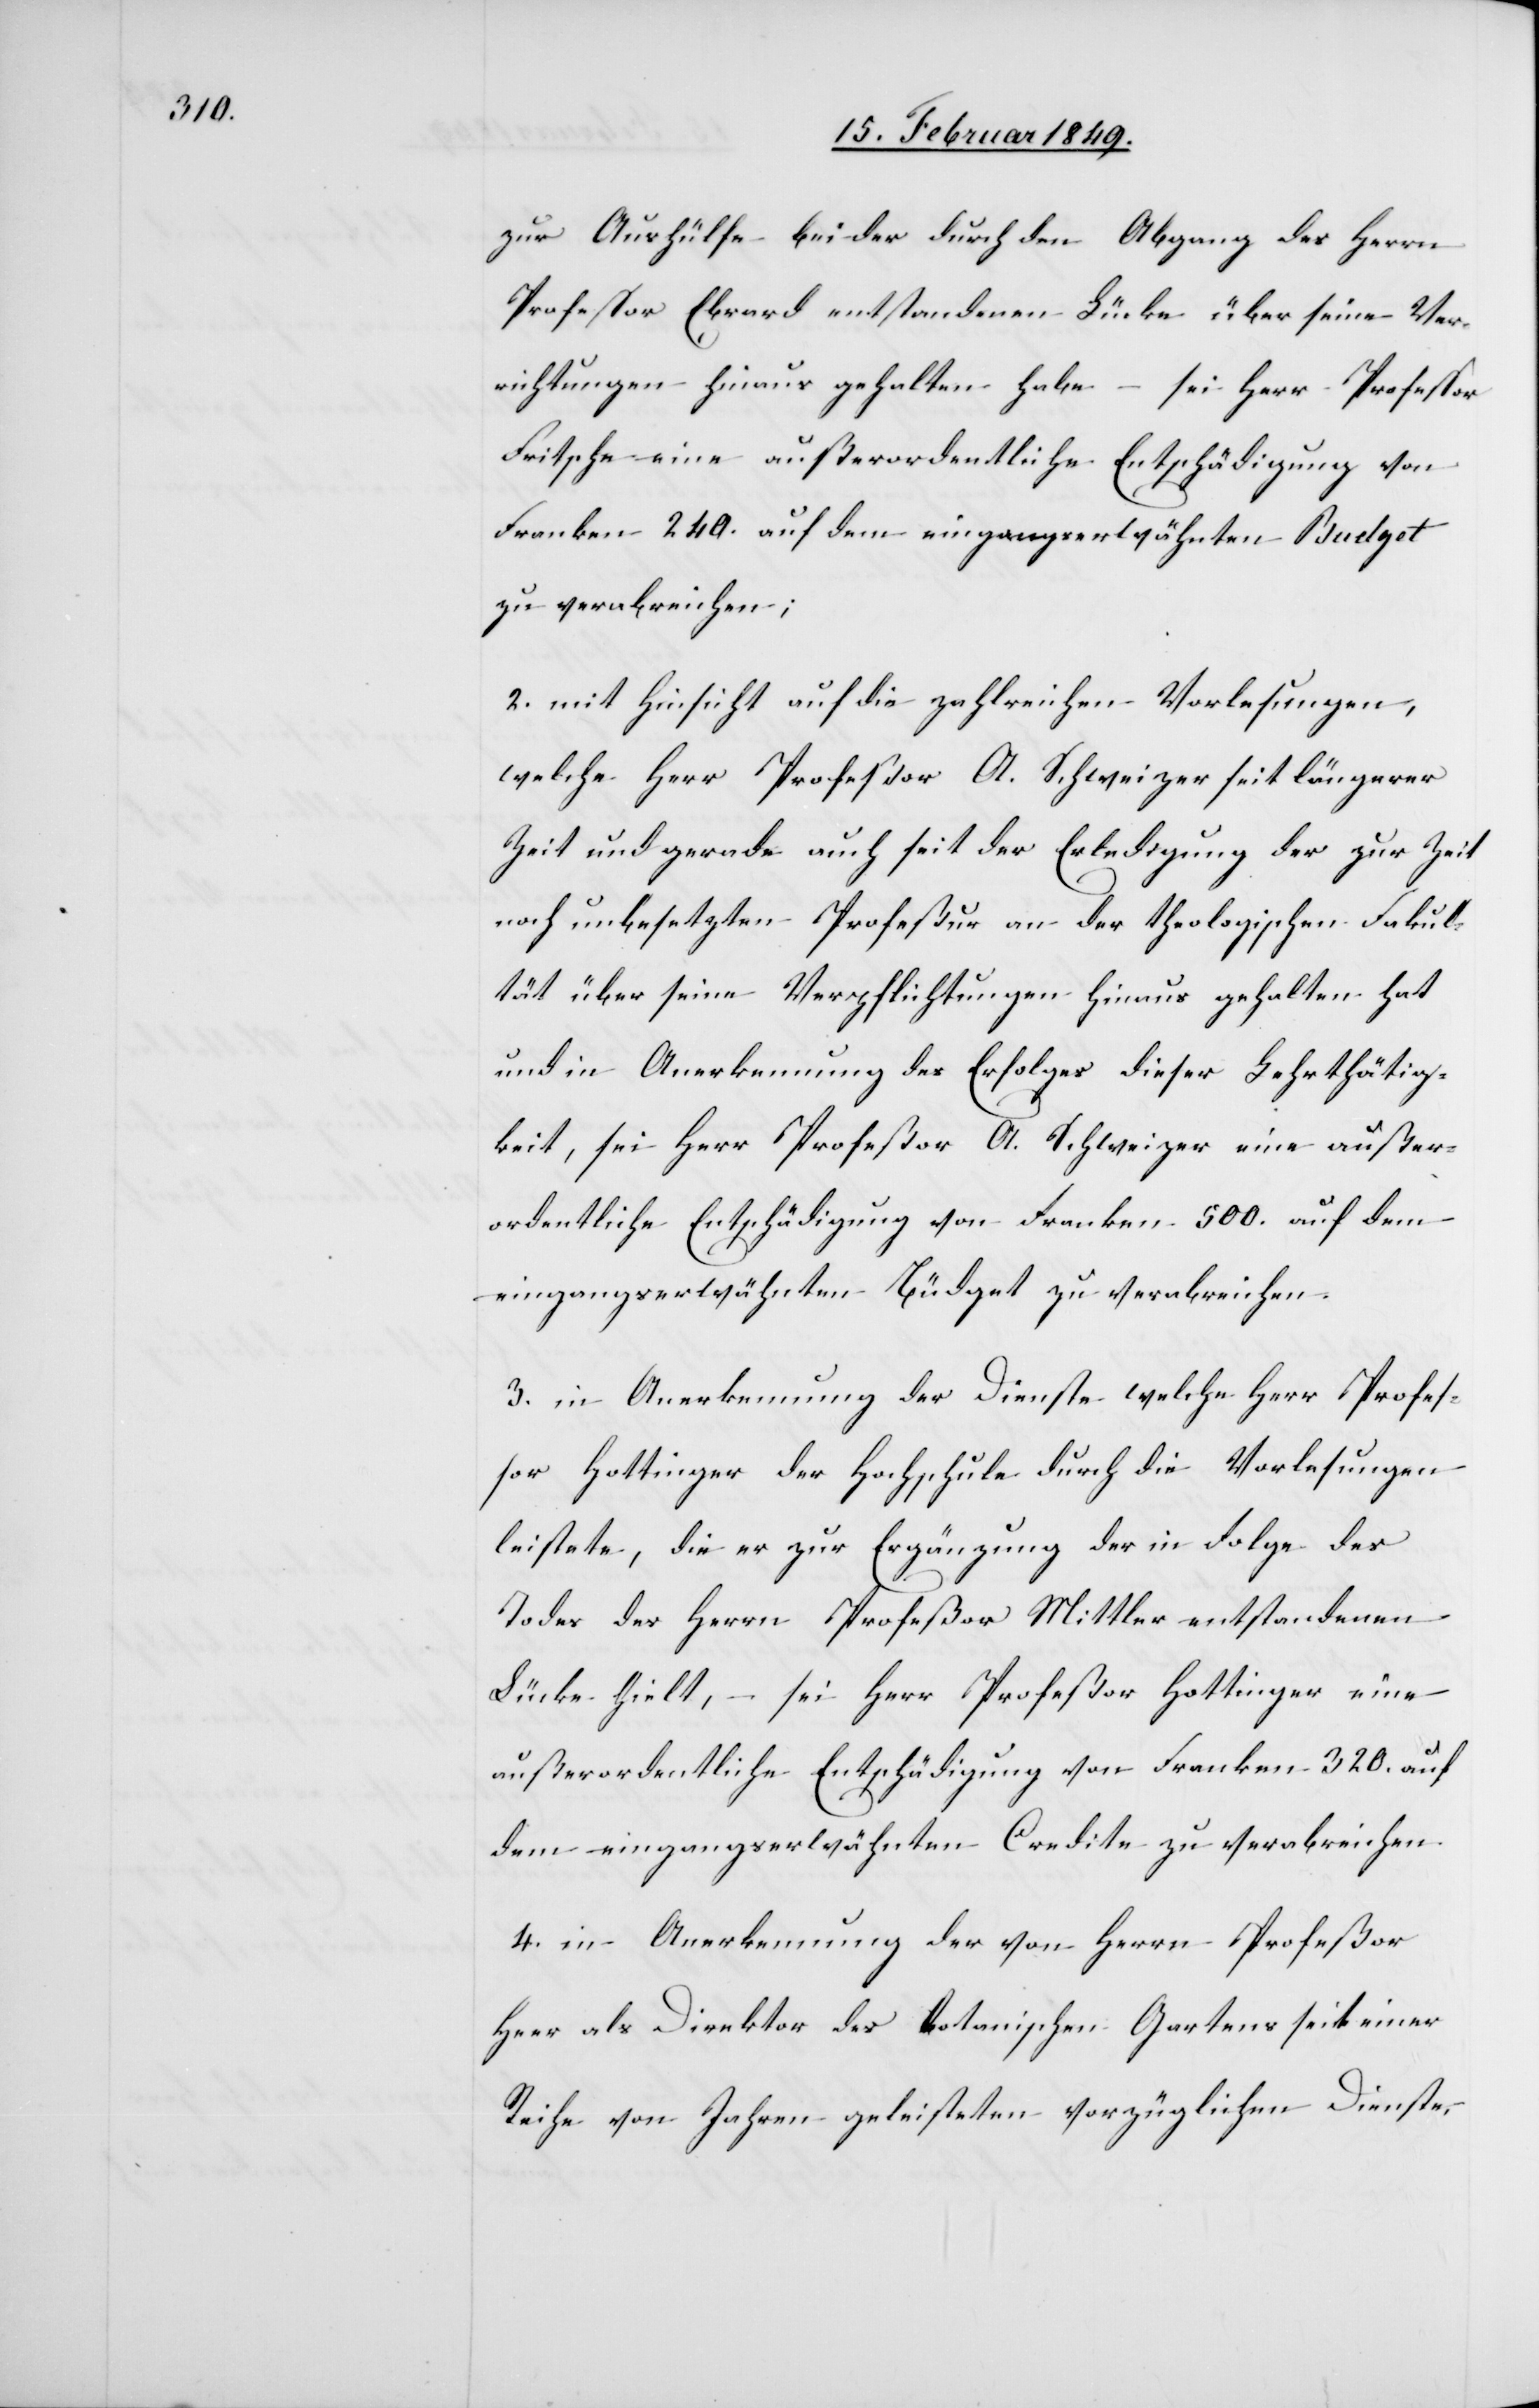
zur Aushülfe bei der durch den Abgang des Herrn
Professor Ebrard entstandenen Lücke über seine Ver¬
richtungen hinaus gehalten habe – sei Herr Professor
Fritsche eine außerordentliche Entschädigung von
Franken 240. auf dem eingangserwähnten Budget
zu verabreichen;
2. mit Hinsicht auf die zahlreichen Vorlesungen,
welche Herr Profeßor A. Schweizer seit längerer
Zeit und gerade auch seit der Erledigung der zur Zeit
noch unbesetzten Profeßur an der theologischen Fakul¬
tät über seine Verpflichtungen hinaus gehalten hat
und in Anerkennung des Erfolges dieser Lehrtätig¬
keit, sei Herr Profeßor A. Schweizer eine außer¬
ordentliche Entschädigung von Franken 500. auf dem
eingangserwähnten Büdget zu verabreichen.
3. in Anerkennung der Dienste welche Herr Profeß¬
or Hottinger der Hochschule durch die Vorlesungen
leistete, die er zur Ergänzung der in Folge des
Todes des Herrn Profeßor Mittler entstandenen
Lücke hielt, – sei Herr Profeßor Hottinger eine
außerordentliche Entschädigung von Franken 320. auf
dem eingangserwähnten Credite zu verabreichen.
4. in Anerkennung der von Herrn Profeßor
Heer als Direktor des botanischen Gartens seit einer
Reihe von Jahren geleisteten vorzüglichen Dienste,